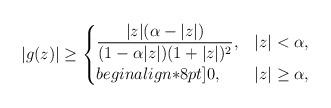
LaTeX: \begin{align*}|g(z)| \geq\begin{cases}\displaystyle\frac{|z|(\alpha-|z|)}{(1-\alpha |z|)(1+|z|)^2},& |z| < \alpha,\\begin{align*}8pt]0, & |z| \geq \alpha,\end{cases}\end{align*}